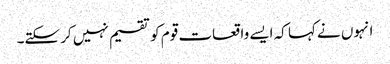
انہوں نے کہا کہ ایسے واقعات قوم کو تقسیم نہیں کر سکتے۔